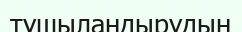
тұщыландырудың